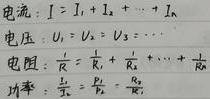
电流：$I = I_1 + I_2 + \cdots + I_n$
电压：$U_1 = U_2 = U_3 = \cdots$
电阻：$\frac{1}{R} = \frac{1}{R_1} + \frac{1}{R_2} + \cdots + \frac{1}{R_n}$
功率：$\frac{1}{P} = \frac{1}{P_1} + \frac{1}{P_2} + \cdots$